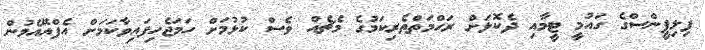
ފިލިޕީންސްގެ ގައުމީ ޓީމާއި ދެކޮޅަށް ރަހްމަތްތެރިކަމުގެ މެޗެއް ވެސް ކުޅުމަށް ހަމަޖެހިފައިވާކަމަށް އެފްއޭއެމުން